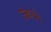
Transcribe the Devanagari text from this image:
उंबरठे